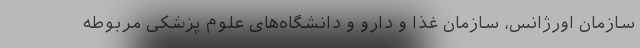
سازمان اورژانس، سازمان غذا و دارو و دانشگاه‌های علوم پزشکی مربوطه